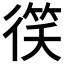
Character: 𫹠